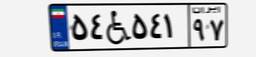
۵۴W۵۴۱۹۷